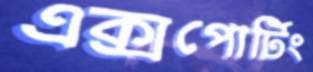
এক্সপোর্টিং